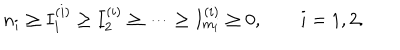
LaTeX: n _ { i } \ge I _ { 1 } ^ { ( i ) } \ge I _ { 2 } ^ { ( i ) } \ge \dots \ge I _ { m _ { i } } ^ { ( i ) } \ge 0 , \qquad i = 1 , 2 .